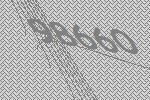
98660